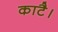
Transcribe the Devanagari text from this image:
काटै।